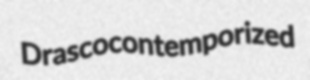
Drasco contemporized